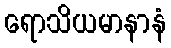
ရောသိယမာနာနံ